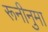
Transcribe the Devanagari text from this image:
रूनीनुमा